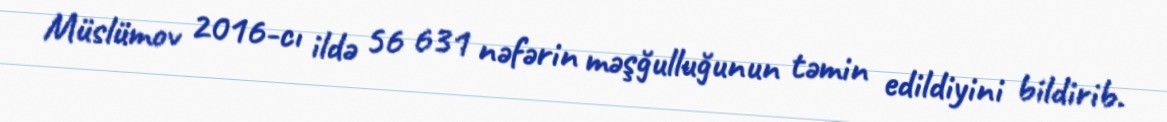
Müslümov 2016-cı ildə 56 631 nəfərin məşğulluğunun təmin edildiyini bildirib.